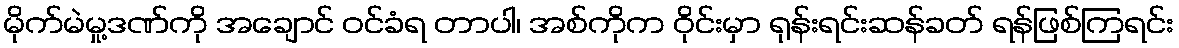
မိုက်မဲမှု့ဒဏ်ကို အချောင် ဝင်ခံရ တာပါ၊ အစ်ကိုက ဝိုင်းမှာ ရုန်းရင်းဆန်ခတ် ရန်ဖြစ်ကြရင်း